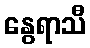
နွေရာသီ